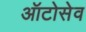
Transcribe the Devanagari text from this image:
ऑटोसेव